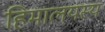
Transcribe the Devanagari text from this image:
हिमालयस्य